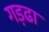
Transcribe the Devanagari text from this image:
गड़ढा